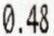
0.48